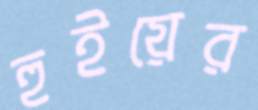
হুইয়ের